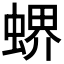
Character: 𧎁